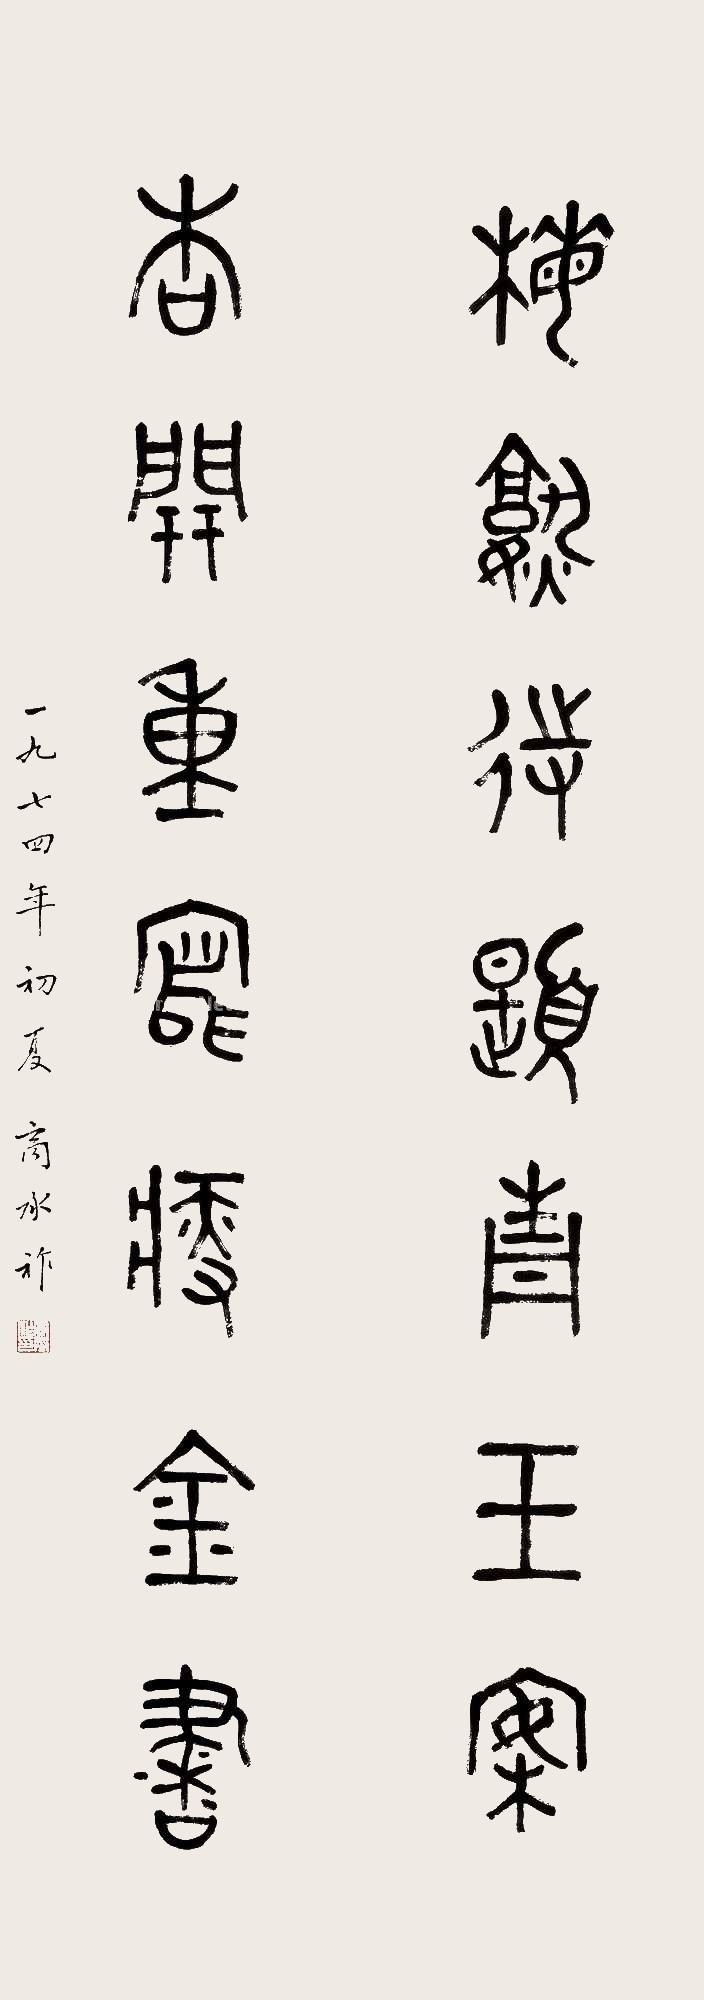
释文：梅熟待题青玉案，杏开重写瘦金书。一九七四年初夏，商承祚。